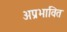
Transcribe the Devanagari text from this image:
अप्रभावित